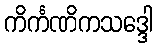
ကိင်္ကဏိကသဒ္ဒေါ